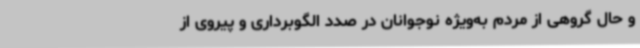
و حال گروهی از مردم به‌ویژه نوجوانان در صدد الگوبرداری و پیروی از